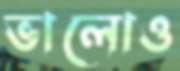
ভালোও